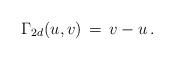
LaTeX: \begin{align*}\Gamma_{2d}(u,v) \,=\, v - u\,.\end{align*}